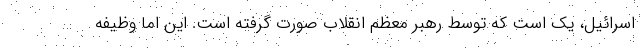
اسرائیل، یک است که توسط رهبر معظم انقلاب صورت گرفته است. این اما وظیفه